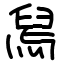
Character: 舃